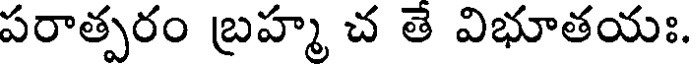
పరాత్పరం బ్రహ్మ చ తె విభూతయః.